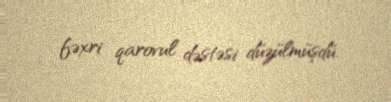
fəxri qarovul dəstəsi düzülmüşdü.